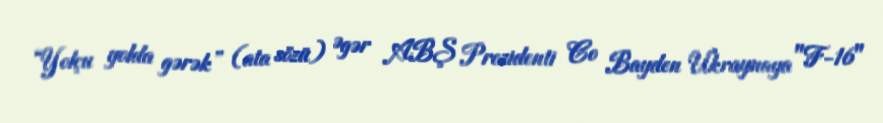
“Yolçu yolda gərək” (ata sözü) Əgər ABŞ Prezidenti Co Bayden Ukraynaya "F-16"